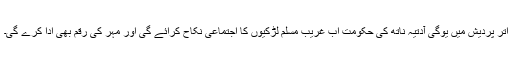
اتر پردیش میں یوگی آدتیہ ناتھ کی حکومت اب غریب مسلم لڑکیوں کا اجتماعی نکاح کرائے گی اور مہر کی رقم بھی ادا کرے گی۔